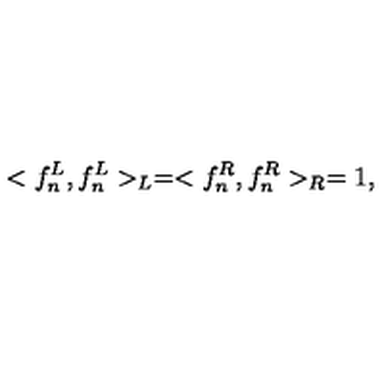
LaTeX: < f _ { n } ^ { L } , f _ { n } ^ { L } > _ { L } = < f _ { n } ^ { R } , f _ { n } ^ { R } > _ { R } = 1 ,